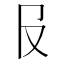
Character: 𠬝